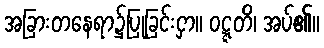
အခြားတနေရာ၌ပြုခြင်းငှာ။ ဝဋ္ဋတိ၊ အပ်၏။